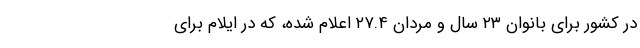
در کشور برای بانوان ۲۳ سال و مردان ۲۷.۴ اعلام شده، که در ایلام برای